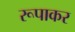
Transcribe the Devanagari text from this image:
रूपाकर